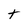
Character: t